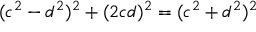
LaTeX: ( c ^ { 2 } - d ^ { 2 } ) ^ { 2 } + ( 2 c d ) ^ { 2 } = ( c ^ { 2 } + d ^ { 2 } ) ^ { 2 }